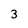
Character: 3